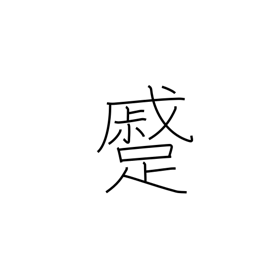
Meaning: approaching